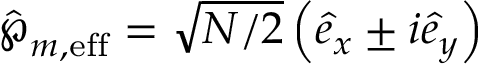
\hat { \boldsymbol { \wp } } _ { m , \mathrm { e f f } } = \sqrt { N / 2 } \left( \hat { e } _ { x } \pm i \hat { e } _ { y } \right)